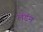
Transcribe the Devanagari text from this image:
लंडंन